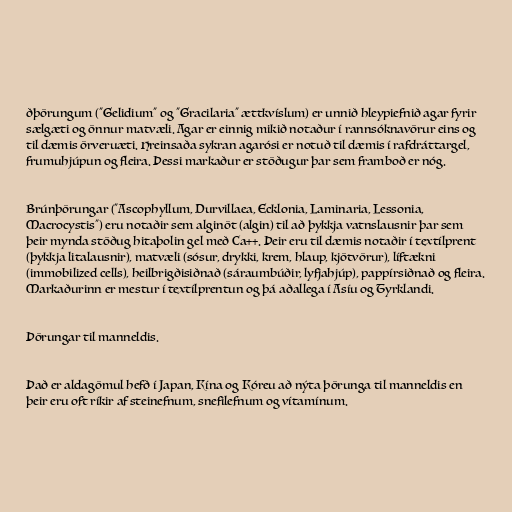
ðþörungum ("Gelidium" og "Gracilaria" ættkvíslum) er unnið hleypiefnið agar fyrir
sælgæti og önnur matvæli. Agar er einnig mikið notaður í rannsóknavörur eins og
til dæmis örveruæti. Hreinsaða sykran agarósi er notuð til dæmis í rafdráttargel,
frumuhjúpun og fleira. Þessi markaður er stöðugur þar sem framboð er nóg.

Brúnþörungar ("Ascophyllum, Durvillaea, Ecklonia, Laminaria, Lessonia,
Macrocystis") eru notaðir sem alginöt (algin) til að þykkja vatnslausnir þar sem
þeir mynda stöðug hitaþolin gel með Ca++. Þeir eru til dæmis notaðir í textílprent
(þykkja litalausnir), matvæli (sósur, drykki, krem, hlaup, kjötvörur), líftækni
(immobilized cells), heilbrigðisiðnað (sáraumbúðir, lyfjahjúp), pappírsiðnað og fleira.
Markaðurinn er mestur í textílprentun og þá aðallega í Asíu og Tyrklandi.

Þörungar til manneldis.

Það er aldagömul hefð í Japan, Kína og Kóreu að nýta þörunga til manneldis en
þeir eru oft ríkir af steinefnum, snefilefnum og vítamínum.